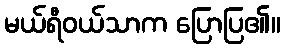
မယ်ရီဝယ်သာက ပြောပြ၏။